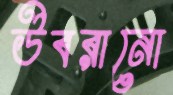
উবরানো